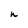
Character: n